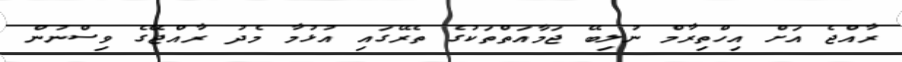
ރާއްޖެ އަށް އިހްތިރާމް ނުލިބޭ ޖަމާއަތްތަކުގެ ތެރޭގައި އުޅުމާ މެދު ރާއްޖޭގެ ވިސްނުން